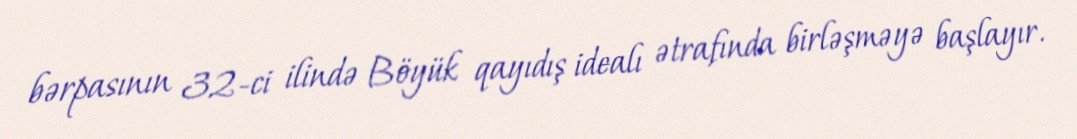
bərpasının 32-ci ilində Böyük qayıdış idealı ətrafında birləşməyə başlayır.